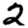
Digit: 2